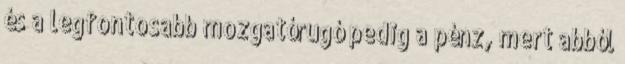
és a legfontosabb mozgatórugó pedig a pénz, mert abból